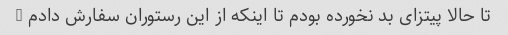
تا حالا پیتزای بد نخورده بودم تا اینکه از این رستوران سفارش دادم …